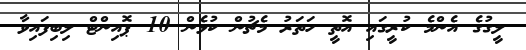
ލީގުގެ އެންމެ ކުރީގައި އޮތީ ހަތަރު މެޗުން ކުޅެން 10 ޕޮއިންޓް ލިބިފައިވާ